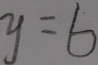
y = 6